Report of the King Institute of Preventive Medicine, Guindy
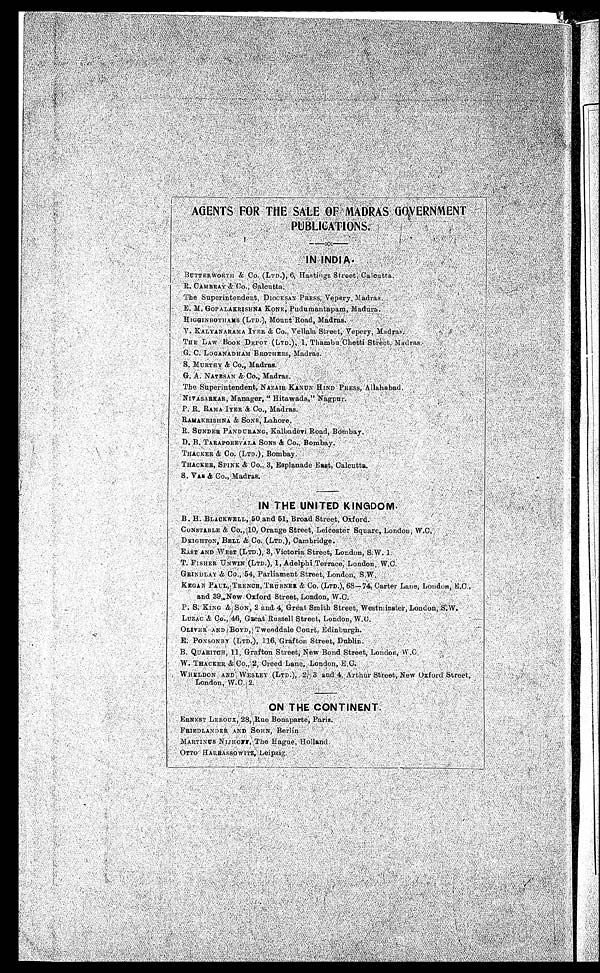
BUTTERWORTH & Co. (LTD.), 6, Hastings Street, Calcutta.
R . C A M B R A Y & C o . , C a l c u t t a .
The Superintendent, DIOCESAN PRESS,
Vepery, Madras.
E. M. GOPALAKRISHNA KONE, Pudumantapam, Madura.
HIGGINBOTHAMS (LTD.), Mount Road, Madras.
V. KALYANARAMA IYER & Co., Vellala Street, Vepery, Madras.
THE LAW BOOK DEPOT (LTD.), 1, Thambu Chetti Street, Madras.
G. C. LOGANADHAM BROTHERS,
Madras.
S. MURTHY & CO., Madras.
G. A. NATESAN & Co., Madras.
The Superintendent, NAZAIR KANUN HIND PRESS, Allahabad.
NIVASARKAR, Manager, "
Hitawada," Nagpur.
R. RAMA IYER & Co., Madras.
RAMAKRISHNA & SONS, Lahore.
R. SUNDER PANDURANG,Kalbadevi Road, Bombay
.
D. B. TARAPOREVALA SONS & Co., Bombay.
THACKER & Co. (LTD.), Bombay.
THACKER, SPINK & Co., 3, Esplanade East, Calcutta.
S. VAS & Co., Madras.
IN THE UNITED KINGDOM.
B. H. BLACKWELL, 50 and 51, Broad Street, Oxford.
CONSTABLE & Co., 10, Orange Street, Leicester Square, London
, W.C.
DEIGHTON, BELL & Co. (LTD.), Cambridge.
EAST AND WEST (LTD.), 3, Victoria Street, London, S.W. 1
T. FISHER UNWIN (LTD.), 1, Adelphi Terrace, London, W.C.
GRINDLAY &. Co., 54, Parliament Street, London, S. W.
KEGAN PAUL, TRENCH, TRÜBNER & Co. (LTD.), 68-74, Carter Lane, London, E.
C . , a n d 3 9 , N e w O x f o r d S t r e e t , L o n d o n , W . C .
P. S. KING & SON, 2 and 4, Great Smith Street, Westminster, London,
S . W .
LUZAC & Co . , 4 6 , Gr e a t Ru s s e l l S t r e e t , Lo n d o n , W . C .
O L I V E R
AND BOYD, Tweeddale Court., Edinburgh.
E. PONSONBY (LTD.), 116, Grafton Street, Dublin.
B. QUARITCH, 11, Grafton Street, New Bond Street, London, W.C.
W. THACKER & Co., 2, Creed Lane, London, E.C.
WHELDON AND WESLEY (LTD.), 2, 3 and 4, Arthur Street, New Oxford Street.
London, W.C. 2.
ON THE CONTINENT.
ERNEST LEROUX, 28, Rue Bonaparte,
P a r i s .
FRIEDLANDER AND SOHN, Berlin
MARTINUS NIJHOFF, The Hague, Hollan
d . O T T O H A R R A S S O W I T Z , L e i p z i g .